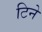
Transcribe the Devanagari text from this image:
टिने